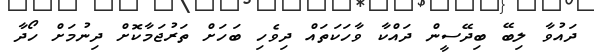
ދައުވާ ލިބޭ ބިދޭސީން ދައްކާ ވާހަކަތައް ދިވެހި ބަހަށް ތަރުޖަމާކޮށް ދިނުމަށް ހޯދާ